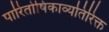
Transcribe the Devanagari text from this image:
पारितोषिकाव्यतिरिक्त